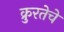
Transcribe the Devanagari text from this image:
क्रुरतेचे